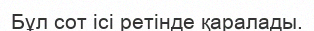
Бұл сот ісі ретінде қаралады.